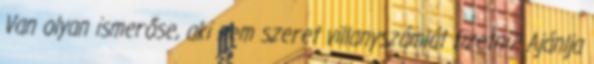
Van olyan ismerőse, aki nem szeret villanyszámlát fizetni? Ajánlja